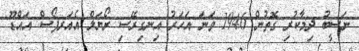
ނަސީބު ދިމާކުރި ގޮތުން 1946 ވަނަ އަހަރު އިނގިރޭސި ރޯޔަލް އެއަރފޯސް އައްޑޫ